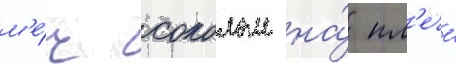
м'е́ч соколом на́ пл'ече́